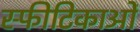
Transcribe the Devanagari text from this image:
स्फीटिकाओं